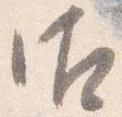
御